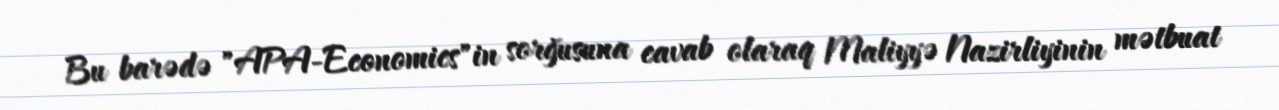
Bu barədə "APA-Economics"in sorğusuna cavab olaraq Maliyyə Nazirliyinin mətbuat